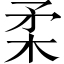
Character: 柔